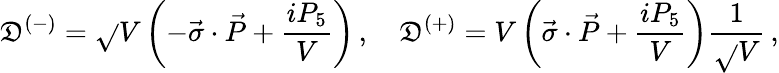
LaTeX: \mathfrak{D}^{(-)}=\sqrt{}{{V}}\left(-\vec{{\sigma}}\cdot\vec{{P}}+\frac{{iP_{5}}}{{V}}\right)\, ,\quad\mathfrak{D}^{(+)}=V\left(\vec{{\sigma}}\cdot\vec{{P}}+\frac{{iP_{5}}}{{V}}\right)\frac{{1}}{{\sqrt{}{{V}}}}\, ,